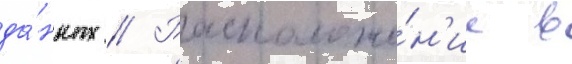
да́нных // Расположе́н'ие в